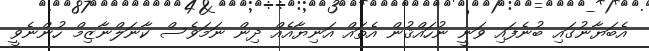
އެބަޔާނުގައި ބުނެފައި ވަނީ ނުހައްޤުން އެތައް އަނިޔާއެއް ދިން ނަމަވެސް ކާނަލްނާޒިމް ހުންނެވީ